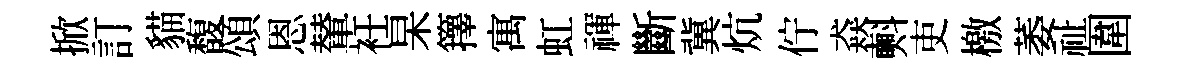
掀訂貓馥頌恩輦衽杲籜寓虹禈斷冀炕佇猋㪺吏檄萎祉圍